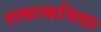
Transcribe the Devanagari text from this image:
शस्त्रास्त्रविद्या